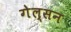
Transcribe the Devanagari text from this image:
गेल्सन